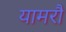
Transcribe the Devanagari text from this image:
यामरौ